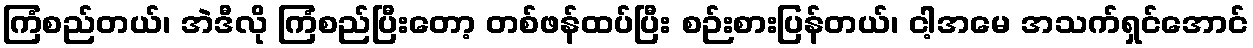
ကြံစည်တယ်၊ အဲဒီလို ကြံစည်ပြီးတော့ တစ်ဖန်ထပ်ပြီး စဉ်းစားပြန်တယ်၊ ငါ့အမေ အသက်ရှင်အောင်